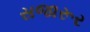
સજારૂર